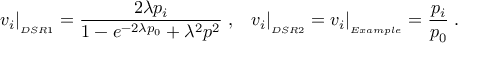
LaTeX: v _ { i } \vert _ { _ { D S R 1 } } = \frac { 2 \lambda p _ { i } } { 1 - e ^ { - 2 \lambda p _ { 0 } } + \lambda ^ { 2 } p ^ { 2 } } \; , \; \; \; v _ { i } \vert _ { _ { D S R 2 } } = v _ { i } \vert _ { _ { E x a m p l e } } = \frac { p _ { i } } { p _ { 0 } } \; .